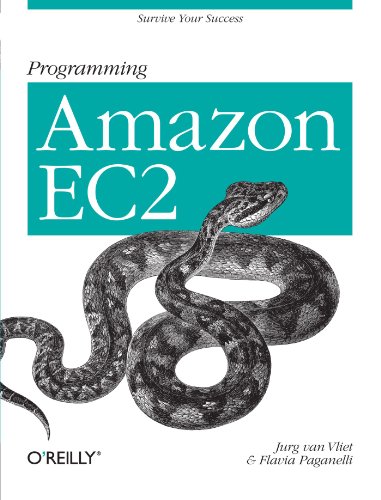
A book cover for Programming Amazon EC2; Jurg van Vliet; Computers & Technology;